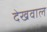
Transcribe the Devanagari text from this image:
देखवाल